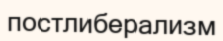
постлиберализм